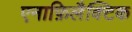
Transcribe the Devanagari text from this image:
एनाफ़िलैक्टिक